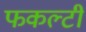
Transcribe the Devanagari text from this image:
फकल्टी